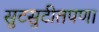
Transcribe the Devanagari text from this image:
सुटसुटीतपणा